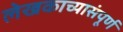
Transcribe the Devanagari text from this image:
लेखकाच्यासंपूर्ण